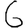
Digit: 6